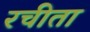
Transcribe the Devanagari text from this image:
रचीता